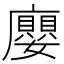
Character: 廮